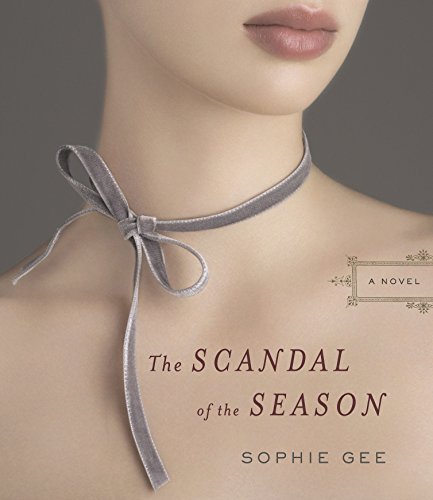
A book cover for The Scandal of the Season; Sophie Gee; Crafts, Hobbies & Home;